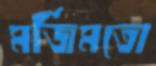
মর্জিমতো